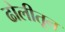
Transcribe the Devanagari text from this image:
ढोलीतून